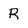
Character: R